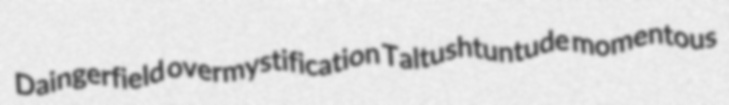
Daingerfield overmystification Taltushtuntude momentous